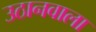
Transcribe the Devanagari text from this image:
उठानवाला